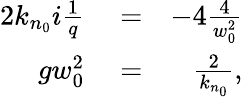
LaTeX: \begin{array}{rlr}{2k_{n_{0}}i\frac{1}{q}}&{{}=}&{-4\frac{4}{w_{0}^{2}}}\\ {gw_{0}^{2}}&{{}=}&{\frac{2}{k_{n_{0}}},}\end{array}